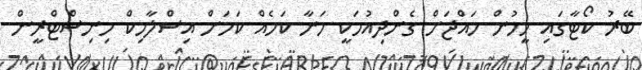
ބޭރު ކޯޓާގައި މީހުން ހައްޖަށް ގެންދިއުމަކީ މަނާ ކަމެއް ކަމަށް އިސްލާމިކް މިނިސްޓްރީން